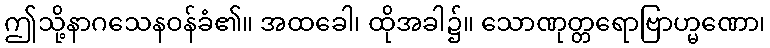
ဤသို့နာဂသေနဝန်ခံ၏။ အထခေါ၊ ထိုအခါ၌။ သောဏုတ္တရောဗြာဟ္မဏော၊